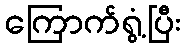
ကြောက်ရွံ့ပြီး